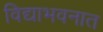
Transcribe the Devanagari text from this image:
विद्याभवनात